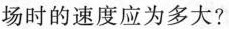
场时的速度应为多大?